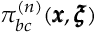
\pi _ { b c } ^ { ( n ) } ( { \pmb x } , { \pmb \xi } )